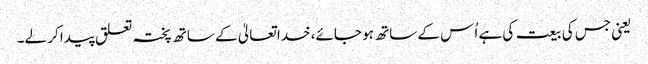
یعنی جس کی بیعت کی ہے اُس کے ساتھ ہو جائے، خدا تعالیٰ کے ساتھ پختہ تعلق پیدا کر لے۔